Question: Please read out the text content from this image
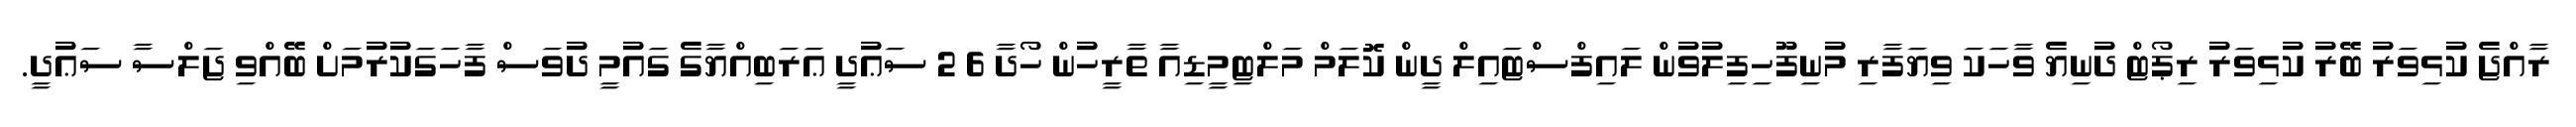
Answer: ރާއްޖެ ކުޅިވަރު ބޭރު ކުޅިވަރު ރިޕޯޓް ދުނިޔެ ވާހަކަ ވިޔަފާރި މުނިފޫހިފިލުވުން ލައިފްސްޓައިލް ދީން ކޮލަމް މަލްޓިމީޑިއާ ތާރީހުން ހޯދާ 6 2 ސަޢުދީ ޢަރަބިއްޔާގެ ގައުމީ ދުވަސް ފާހަގަކުރުމަށް ބޭއްވި ޖަލްސާ ސަޢުދީ.